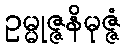
ဥမ္မုဇ္ဇနိမုဇ္ဇံ